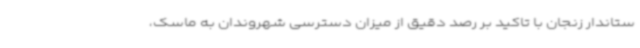
ستاندار زنجان با تاکید بر رصد دقیق از میزان دسترسی شهروندان به ماسک،